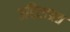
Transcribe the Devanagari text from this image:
उद्दिष्टाप्रत